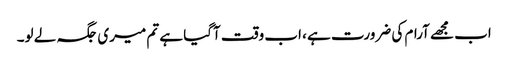
اب مجھے آرام کی ضرورت ہے ، اب وقت آگیا ہے تم میری جگہ لے لو۔